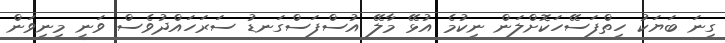
ގިނަ ބަޔަކު ހިތްފަސޭހަކޮށްލަން ނިކުމެ އުޅޭ މާލޭ އުސްފަސްގަނޑު ސަރަހައްދުވެސް ވަނީ މިނިވަން